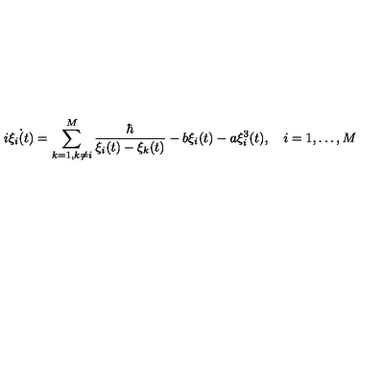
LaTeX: i \dot { \xi _ { i } ( t ) } = \sum _ { k = 1 , k \neq i } ^ { M } \frac { \hbar } { \xi _ { i } ( t ) - \xi _ { k } ( t ) } - b \xi _ { i } ( t ) - a \xi _ { i } ^ { 3 } ( t ) , \quad i = 1 , \dots , M